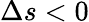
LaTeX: \Delta s<0